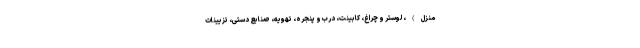
منزل)، لوستر و چراغ، کابینت، درب و پنجره، تهویه، صنایع دستی، تزیینات